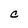
Character: C